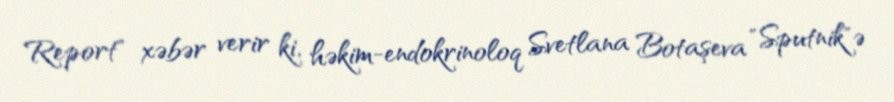
Report" xəbər verir ki, həkim-endokrinoloq Svetlana Botaşeva "Sputnik"ə